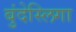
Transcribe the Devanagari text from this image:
बुंदेस्लिगा